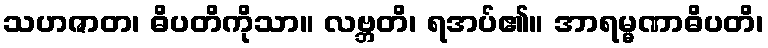
သဟဇာတ၊ ဓိပတိကိုသာ။ လဗ္ဘတိ၊ ရအပ်၏။ အာရမ္မဏာဓိပတိ၊